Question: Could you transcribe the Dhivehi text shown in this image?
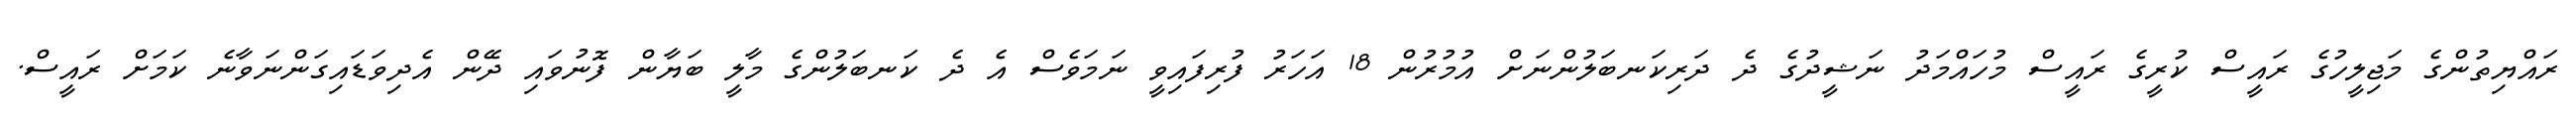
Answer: ރައްޔިތުންގެ މަޖިލީހުގެ ރައީސް ކުރީގެ ރައީސް މުހައްމަދު ނަޝީދުގެ ދެ ދަރިކަނބަލުންނަށް އުމުރުން 18 އަހަރު ފުރިފައިވީ ނަމަވެސް އެ ދެ ކަނބަލުންގެ މާލީ ބަޔާން ފޮނުވައި ދޭން އެދިވަޑައިގަންނަވާނެ ކަމަށް ރައީސް.